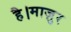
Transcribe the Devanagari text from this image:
है।माज़ुर